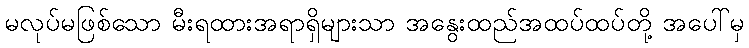
မလုပ်မဖြစ်သော မီးရထားအရာရှိများသာ အနွေးထည်အထပ်ထပ်တို့ အပေါ်မှ